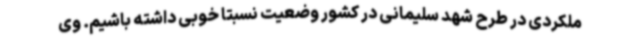
ملکردی در طرح شهد سلیمانی در کشور وضعیت نسبتا خوبی داشته باشیم. وی